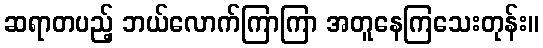
ဆရာတပည့် ဘယ်လောက်ကြာကြာ အတူနေကြသေးတုန်း။